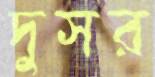
দুসর